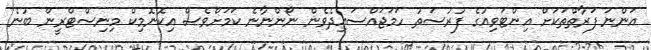
އަންނަ ފަރާތްތަކަށް އިންޓަވިއުގެ ފުރުސަތު ހަމަޖައްސައިދެވެން ނޯންނާނެ ކަމަށްވެސް އިކޮނޮމިކް މިނިސްޓްރީން ބުނެ